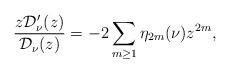
LaTeX: \begin{align*}\frac{z\mathcal{D}'_{\nu}(z)}{\mathcal{D}_{\nu}(z)}=-2\sum_{m\geq 1}\eta_{2m}(\nu)z^{2m},\end{align*}